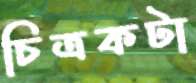
চিত্রকটা